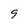
Character: 9